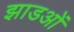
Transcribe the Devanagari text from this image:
झाडओं